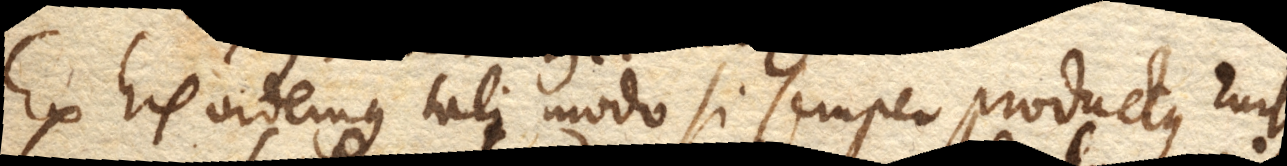
Ex his videmus tali modo si semper productus rursus